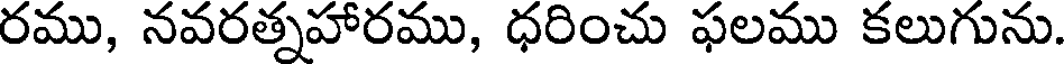
రము, నవరత్నహారము, ధరించు ఫలము కలుగును.